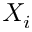
X _ { i }